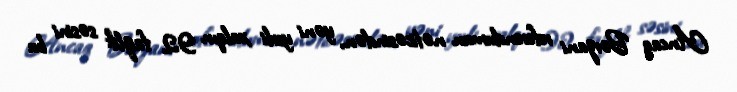
Ancaq Bərzani referendumun nəticəsindən, yəni yerli xalqın 92 faizlik səsini bu